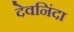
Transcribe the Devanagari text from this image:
देवनिंदा